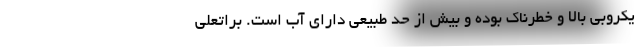
یکروبی بالا و خطرناک بوده و بیش از حد طبیعی دارای آب است. براتعلی